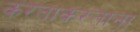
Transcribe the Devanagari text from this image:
करताकरताना